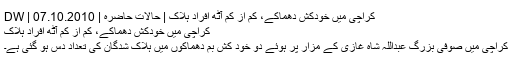
کراچی میں خودکُش دھماکے، کم از کم آٹھ افراد ہلاک | حالات حاضرہ | DW | 07.10.2010
کراچی میں خودکُش دھماکے، کم از کم آٹھ افراد ہلاک
کراچی میں صوفی بزرگ عبداللہ شاہ غازی کے مزار پر ہوئے دو خود کش بم دھماکوں میں ہلاک شدگان کی تعداد دس ہو گئی ہے۔